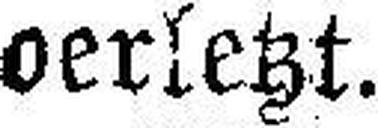
oerletzt.